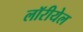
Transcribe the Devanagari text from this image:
लॉरीयेल